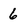
Character: 6